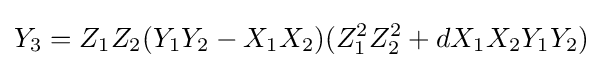
Y_{3}=Z_{1}Z_{2}(Y_{1}Y_{2}-X_{1}X_{2})(Z_{1}^{2}Z_{2}^{2}+dX_{1}X_{2}Y_{1}Y_{2})